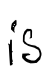
Text: is
Cross-out: clean
Writing tool: digital_black